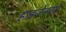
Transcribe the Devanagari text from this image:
हाइज़ेनबर्ग